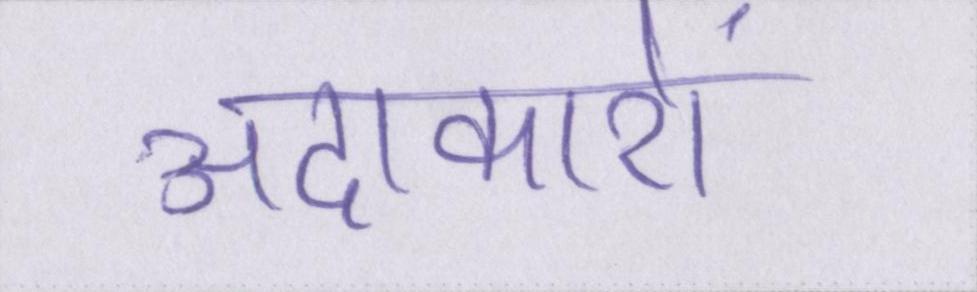
अदाकारों